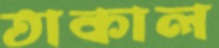
তাকাল